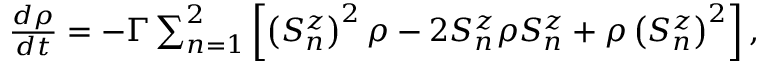
\begin{array} { r } { \frac { d \rho } { d t } = - \Gamma \sum _ { n = 1 } ^ { 2 } \left[ \left( S _ { n } ^ { z } \right) ^ { 2 } \rho - 2 S _ { n } ^ { z } \rho S _ { n } ^ { z } + \rho \left( S _ { n } ^ { z } \right) ^ { 2 } \right] , } \end{array}